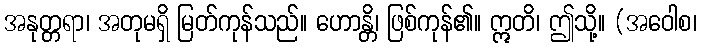
အနုတ္တရာ၊ အတုမရှိ မြတ်ကုန်သည်။ ဟောန္တိ၊ ဖြစ်ကုန်၏။ ဣတိ၊ ဤသို့။ (အဝေါစ၊